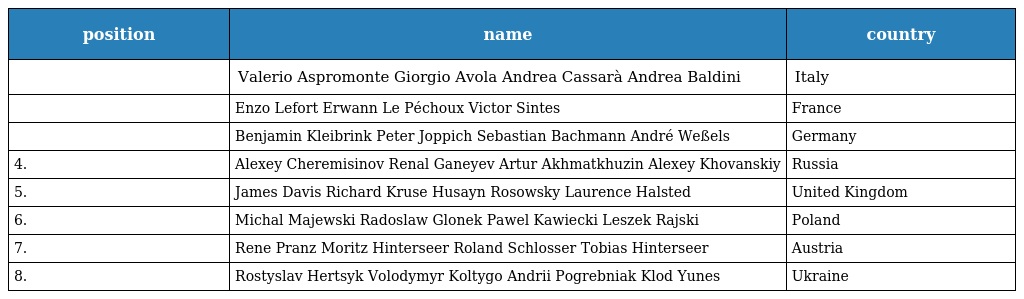
| position | name | country |
 | --- | --- | --- |
 |  | Valerio Aspromonte Giorgio Avola Andrea Cassarà Andrea Baldini | Italy |
 |  | Enzo Lefort Erwann Le Péchoux Victor Sintes | France |
 |  | Benjamin Kleibrink Peter Joppich Sebastian Bachmann André Weßels | Germany |
 | 4. | Alexey Cheremisinov Renal Ganeyev Artur Akhmatkhuzin Alexey Khovanskiy | Russia |
 | 5. | James Davis Richard Kruse Husayn Rosowsky Laurence Halsted | United Kingdom |
 | 6. | Michal Majewski Radoslaw Glonek Pawel Kawiecki Leszek Rajski | Poland |
 | 7. | Rene Pranz Moritz Hinterseer Roland Schlosser Tobias Hinterseer | Austria |
 | 8. | Rostyslav Hertsyk Volodymyr Koltygo Andrii Pogrebniak Klod Yunes | Ukraine |